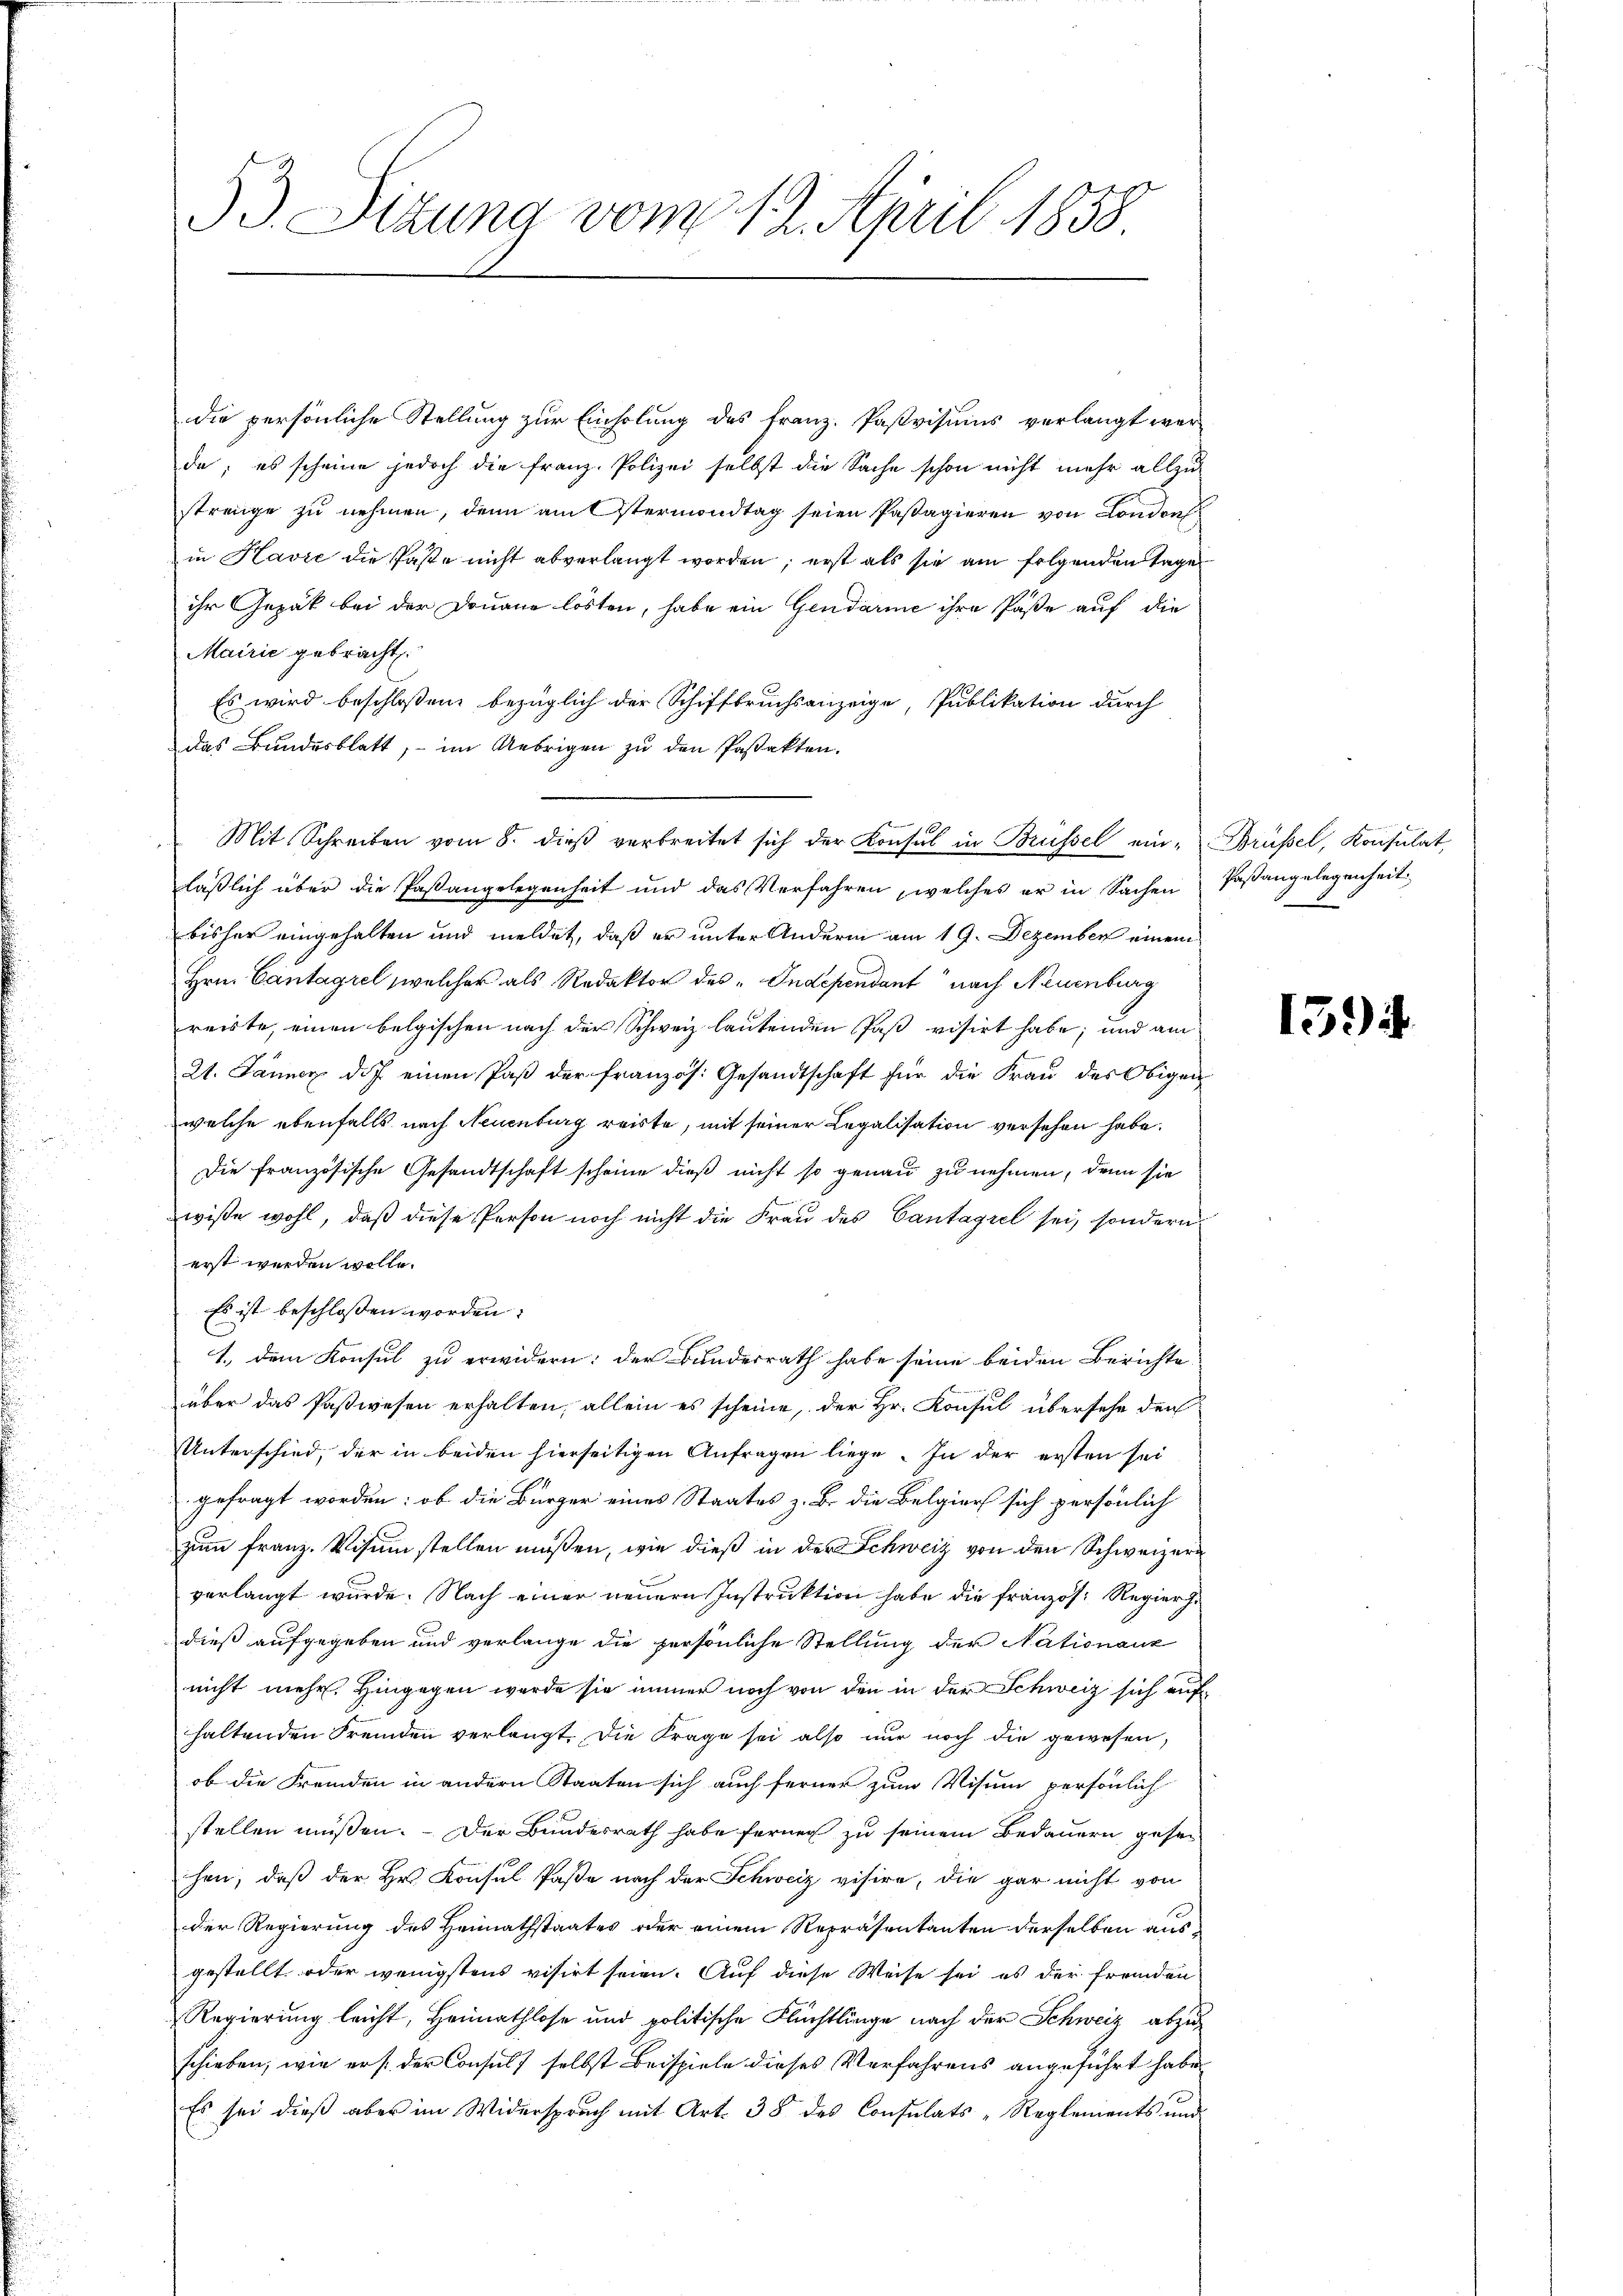
53. Sizung vom 12. April 1858.

die persönliche Stellung zur Einholung des Franz. Pastvisums verlangt wer-
de; es scheine jedoch die Franz. Polizei selbst die Sache schon nicht mehr allzustrenge zu nehmen, denn am termondtag seien Passagieren von London
in Havić die Paste nicht abverlangt worden; erst als sie am folgenden Tage
ihr Gezak bei der Donaue lösten, habe ein Gendarme ihre Paße auf die
Mairić gebracht.
Es wird beschloßen, bezüglich der Schiffbruchsanzeige, Publikation durch
das Bundesblatt, - im Uebrigen zu den Pastakten.
läßlich über die Paßangelegenheit und das Verfahren, welches er in Sachen Paßangelegenheit
bisher eingehalten und meldet, daß er unter Andern am 19. Dezember einem
Hrn. Cantagrel, welcher als Redaktor des „Independant nach Neuenburg
reiste, einen belgischen nach der Schweiz lautenden Paß visirt habe; und am
21. Jänner d.J. einen Paß der französ. Gesandtschaft für die Frau des Obigen
welche ebenfalls nach Neuenburg reiste, mit seiner Legalisation versehen habe.
Die französische Gesandtschaft scheine dieß nicht so genau zu nehmen, denn sie
wiße wohl, daß diese Person noch nicht die Frau des Cantagrel sei, sondern
erst werden wolle.
Es ist beschlossen worden:
1. dem Konsul zu erwidern: der Bundesrath habe seine beiden Berichte
über das Paßwesen erhalten, allein es scheine, der Hr. Konsul übersehe den
Unterschied, der in beiden hierseitigen Anfragen liege. In der ersten sei
gefragt worden: ob die Bürger eines Staates z. B. die Belgier sich persönlich
zum Franz. Visum stellen müßen, wie dieß in der Schweiz von den Schweizern
verlangt wurde. Nach einer neuern Instruktion habe die französ. Regier
dieß aufgegeben und verlange die persönliche Stellung der Nationanz
nicht mehr. Hingegen werde sie immer noch von den in der Schweiz sich auf
haltenden Fremden verlangt. Die Frage sei also nur noch die gewesen,
ob die Fremden in andern Staaten sich auch ferner zum Visum persönlich
stellen müßen. - Der Bundesrath habe ferner zu seinem Bedauern gesehen, daß der Hr. Konsul Paße nach der Schweiz visire, die gar nicht von
der Regierung des Heimathstaates oder einem Repräsentanten derselben ausgestellt oder wenigstens visirt seien. Auf diese Weise sei es der fremden
Regierung leicht, Heimathlose und politische Flüchtlinge nach der Schweiz abzuschieben, wie erst der Consuls selbst Beispiele dieses Verfahrens angeführt habe
Es sei dieß aber im Widerspruch mit Art. 38 des Consulats-Reglements und

Mit Schreiben vom 8. dieβ verbreitet sich der Konsul in Brüssel ein- Brüssel, Konsulat,

15.)